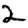
Digit: 2